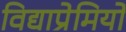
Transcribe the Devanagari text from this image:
विद्याप्रेमियों